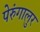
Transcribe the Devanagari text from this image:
पेरुंगालुर